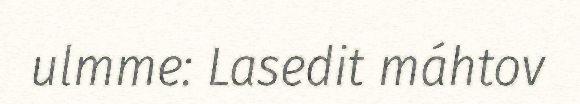
ulmme: Lasedit máhtov